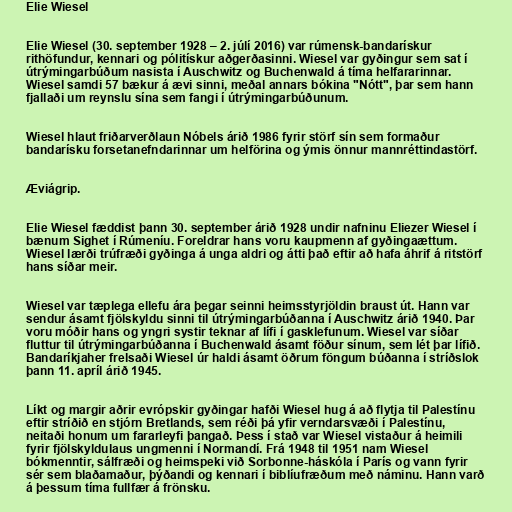
Elie Wiesel

Elie Wiesel (30. september 1928 – 2. júlí 2016) var rúmensk-bandarískur
rithöfundur, kennari og pólitískur aðgerðasinni. Wiesel var gyðingur sem sat í
útrýmingarbúðum nasista í Auschwitz og Buchenwald á tíma helfararinnar.
Wiesel samdi 57 bækur á ævi sinni, meðal annars bókina "Nótt", þar sem hann
fjallaði um reynslu sína sem fangi í útrýmingarbúðunum.

Wiesel hlaut friðarverðlaun Nóbels árið 1986 fyrir störf sín sem formaður
bandarísku forsetanefndarinnar um helförina og ýmis önnur mannréttindastörf.

Æviágrip.

Elie Wiesel fæddist þann 30. september árið 1928 undir nafninu Eliezer Wiesel í
bænum Sighet í Rúmeníu. Foreldrar hans voru kaupmenn af gyðingaættum.
Wiesel lærði trúfræði gyðinga á unga aldri og átti það eftir að hafa áhrif á ritstörf
hans síðar meir.

Wiesel var tæplega ellefu ára þegar seinni heimsstyrjöldin braust út. Hann var
sendur ásamt fjölskyldu sinni til útrýmingarbúðanna í Auschwitz árið 1940. Þar
voru móðir hans og yngri systir teknar af lífi í gasklefunum. Wiesel var síðar
fluttur til útrýmingarbúðanna í Buchenwald ásamt föður sínum, sem lét þar lífið.
Bandaríkjaher frelsaði Wiesel úr haldi ásamt öðrum föngum búðanna í stríðslok
þann 11. apríl árið 1945.

Líkt og margir aðrir evrópskir gyðingar hafði Wiesel hug á að flytja til Palestínu
eftir stríðið en stjórn Bretlands, sem réði þá yfir verndarsvæði í Palestínu,
neitaði honum um fararleyfi þangað. Þess í stað var Wiesel vistaður á heimili
fyrir fjölskyldulaus ungmenni í Normandí. Frá 1948 til 1951 nam Wiesel
bókmenntir, sálfræði og heimspeki við Sorbonne-háskóla í París og vann fyrir
sér sem blaðamaður, þýðandi og kennari í biblíufræðum með náminu. Hann varð
á þessum tíma fullfær á frönsku.